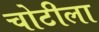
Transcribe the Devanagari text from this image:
चोटीला